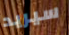
سيريد